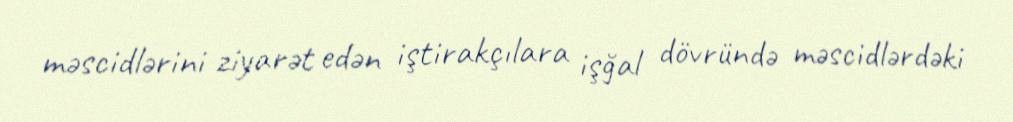
məscidlərini ziyarət edən iştirakçılara işğal dövründə məscidlərdəki